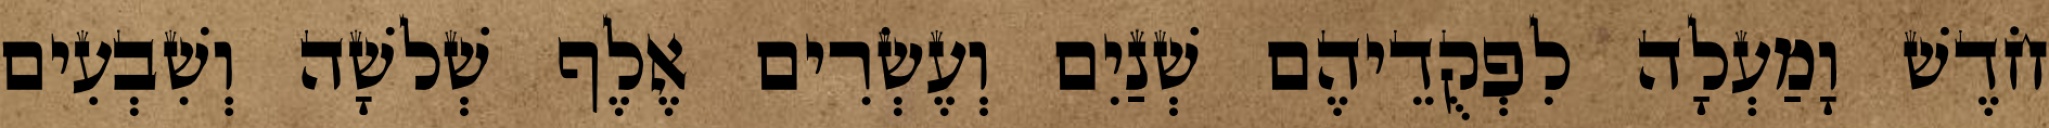
חֹדֶשׁ וָמַעְלָה לִפְקֻדֵיהֶם שְׁנַיִם וְעֶשְׂרִים אֶלֶף שְׁלשָׁה וְשִׁבְעִים